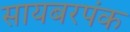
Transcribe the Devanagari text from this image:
सायबरपंक